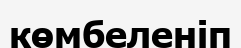
көмбеленіп